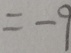
= - 9